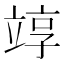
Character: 䇏